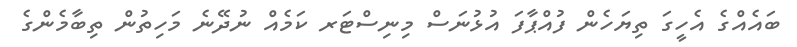
ބައެއްގެ އެހީގަ ތިޔަހެން ފުއްޕާފަ އުޅުނަސް މިނިސްޓަރ ކަމެއް ނުދޭނެ މަހިތުން ތިބާމެންގެ